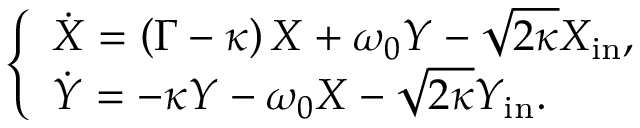
\left\{ \begin{array} { l } { \dot { X } = \left( \Gamma - \kappa \right) X + \omega _ { 0 } Y - \sqrt { 2 \kappa } X _ { \mathrm { i n } } , } \\ { \dot { Y } = - \kappa Y - \omega _ { 0 } X - \sqrt { 2 \kappa } Y _ { \mathrm { i n } } . } \end{array} \right.